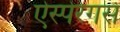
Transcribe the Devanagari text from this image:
ऐस्पेरेगस